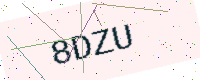
Text: 8DZU